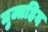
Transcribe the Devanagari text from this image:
मुज्तहिद